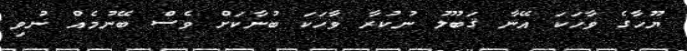
ޔޫހާގެ ވާހަކަ އޭނާ ޤަބޫލު ނުކުރާ ވާހަކަ ބުނާކަށް ވެސް ބޭނުމެއް ނުވި